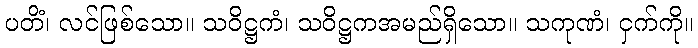
ပတိံ၊ လင်ဖြစ်သော။ သဝိဋ္ဌကံ၊ သဝိဋ္ဌကအမည်ရှိသော။ သကုဏံ၊ ငှက်ကို။